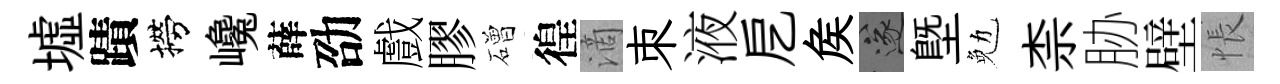
墟蹟撈巉薛劭戲膠磳徨滴朿液戹矦遂塈勉柰胁壁悵